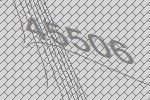
45506